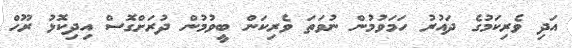
އަދި ވެރިކަމުގެ ދައުރު ހަމަވުމުން ނުވަތަ ވެރިކަން ބީވުމުން ދުރަށްގޮސް އިދިކޮޅު ރޫހް